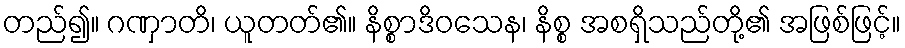
တည်၍။ ဂဏှာတိ၊ ယူတတ်၏။ နိစ္စာဒိဝသေန၊ နိစ္စ အစရှိသည်တို့၏ အဖြစ်ဖြင့်။